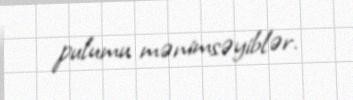
pulumu mənimsəyiblər.